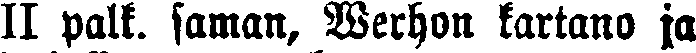
II palk. saman, Werhon kartano ja